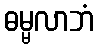
ဓမ္မလာဘံ